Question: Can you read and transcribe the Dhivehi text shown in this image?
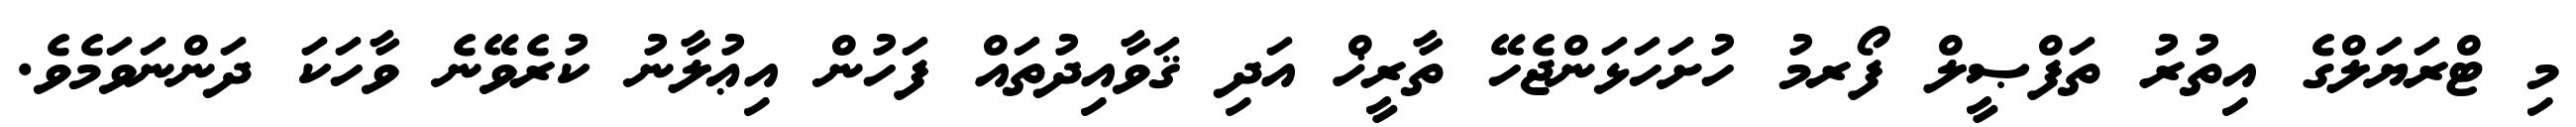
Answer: މި ޓްރަޔަލްގެ އިތުރު ތަފްޞީލް ފޯރމު ހުށަހަޅަންޖެހޭ ތާރީޚް އަދި ޤަވާއިދުތައް ފަހުން އިޢުލާނު ކުރެވޭނެ ވާހަކަ ދަންނަވަމެވެ.